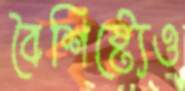
বৈশিষ্ট্যেও